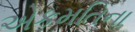
એકમતિના